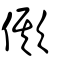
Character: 僛